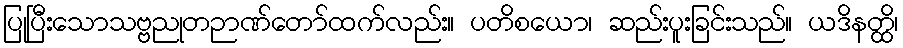
ပြုပြီးသောသဗ္ဗညုတဉာဏ်တော်ထက်လည်း။ ပတိစယော၊ ဆည်းပူးခြင်းသည်။ ယဒိနတ္ထိ၊